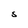
Character: S